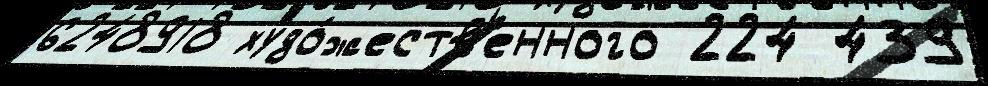
6248918 худо́жеств'енного 224 439